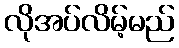
လိုအပ်လိမ့်မည်